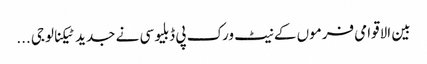
بین الاقوامی فرموں کے نیٹ ورک پی ڈبلیو سی نے جدید ٹیکنالوجی ...